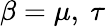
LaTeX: \beta=\mu,~\tau